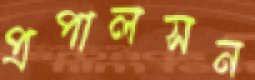
প্রপালসন